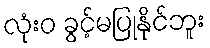
လုံးဝ ခွင့်မပြုနိုင်ဘူး